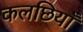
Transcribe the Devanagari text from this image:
कलछियाँ